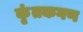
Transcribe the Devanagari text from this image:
कृंतकगण